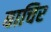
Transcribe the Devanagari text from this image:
बाचिर